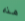
هذه